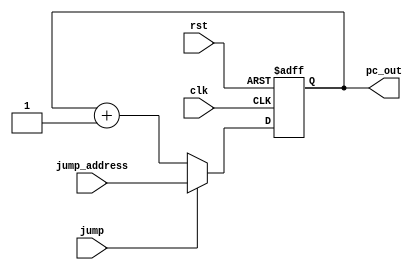
module PC(
    input wire [31:0] jump_address,
    output reg [31:0] pc_out,
    input wire jump,
    input wire clk,
    input wire rst
);

    reg [31:0] pc_reg;

    always @(posedge clk or posedge rst)
	begin
        if (rst)
		begin
            pc_reg <= 32'b0;
        end 
		else
		begin
			if (jump)
			begin
				pc_reg <= jump_address;
			end 
			else
			begin
				pc_reg <= pc_reg + 1;
			end
		end
    end

    always@(*)
	 pc_out = pc_reg;

endmodule